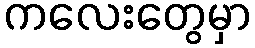
ကလေးတွေမှာ